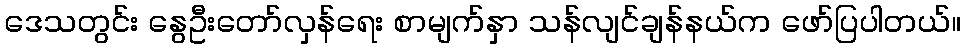
ဒေသတွင်း နွေဦးတော်လှန်ရေး စာမျက်နှာ သန်လျင်ချန်နယ်က ဖော်ပြပါတယ်။